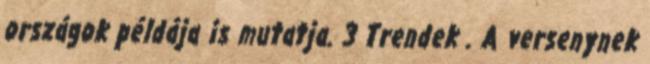
országok példája is mutatja. 3 Trendek . A versenynek